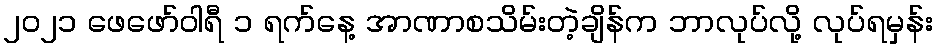
၂၀၂၁ ဖေဖော်ဝါရီ ၁ ရက်နေ့ အာဏာစသိမ်းတဲ့ချိန်က ဘာလုပ်လို့ လုပ်ရမှန်း